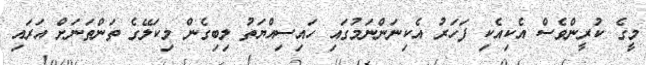
މީގެ ކުރީންވެސް އެކިއެކި ފަހަރު އެކިނަންނަމުގައި ހައިސިއްޔަތު ލިބިގެން މިކަލޭގެ ތަންތަނަށް އަރައި